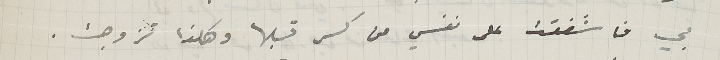
بي فاشفقت على نفسي من كسر قلبها وهكذا تزوجت.